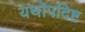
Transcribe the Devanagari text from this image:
यथोपदिष्ट